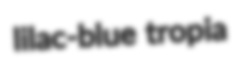
lilac-blue tropia